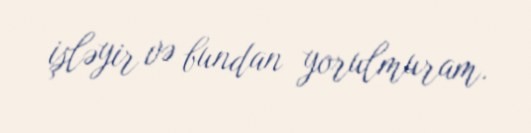
işləyir və bundan yorulmuram.